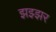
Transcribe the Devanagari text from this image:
झझ्झर